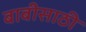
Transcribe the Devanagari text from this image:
बाबीसाठी